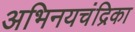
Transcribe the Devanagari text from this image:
अभिनयचंद्रिका